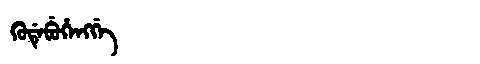
Manchu: ᡴᡠᡩᡝᠪᡠᡥᡝᠩᡤᡝ
Romanization: KUDEBUHENGGE